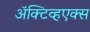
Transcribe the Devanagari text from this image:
ॲक्टिव्हएक्स